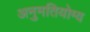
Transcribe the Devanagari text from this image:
अनुमतियोग्य